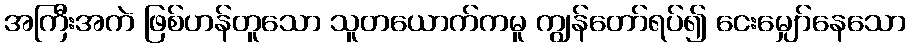
အကြီးအကဲ ဖြစ်ဟန်တူသော သူတယောက်ကမူ ကျွန်တော်ရပ်၍ ငေးမျှော်နေသော